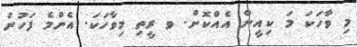
މި ވާހަކަ މަ ކިއީން އެއްކޮށް. ވ ރީތި މިވާހަކަ. އެންމެ ފަހުން